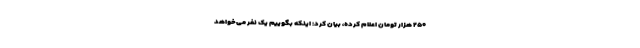
۲۵۰ هزار تومان اعلام کرده، بیان کرد: اینکه بگوییم یک نفر می‌خواهد